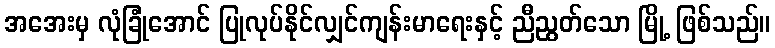
အအေးမှ လုံခြုံအောင် ပြုလုပ်နိုင်လျှင်ကျန်းမာရေးနှင့် ညီညွတ်သော မြို့ ဖြစ်သည်။